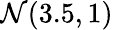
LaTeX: {\cal N}(3.5,1)